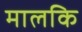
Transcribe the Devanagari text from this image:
मालकि